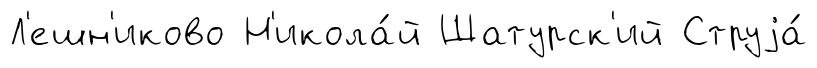
Л'ешн'иково Н'икола́й Шатурск'ий Струjа́